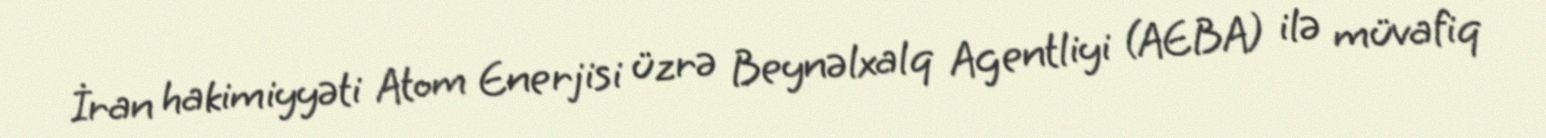
İran hakimiyyəti Atom Enerjisi üzrə Beynəlxalq Agentliyi (AEBA) ilə müvafiq